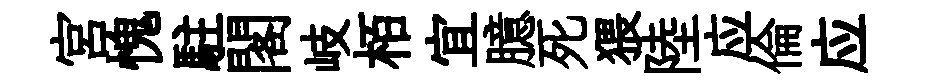
宮愧駐閣岐栢宜臆死猥陸应倫应